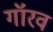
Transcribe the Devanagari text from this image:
गॉरव